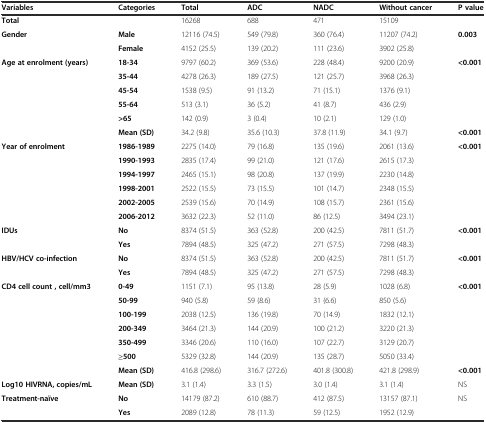
<table><thead><tr><td><b>Variables</b></td><td><b>Categories</b></td><td><b>Total</b></td><td><b>ADC</b></td><td><b>NADC</b></td><td><b>Without cancer</b></td><td><b>P value</b></td></tr></thead><tbody><tr><td><b>Total</b></td><td></td><td>16268</td><td>688</td><td>471</td><td>15109</td><td></td></tr><tr><td rowspan="2"><b>Gender</b></td><td><b>Male</b></td><td>12116 (74.5)</td><td>549 (79.8)</td><td>360 (76.4)</td><td>11207 (74.2)</td><td><b>0.003</b></td></tr><tr><td><b>Female</b></td><td>4152 (25.5)</td><td>139 (20.2)</td><td>111 (23.6)</td><td>3902 (25.8)</td><td></td></tr><tr><td rowspan="3"><b>Age at enrolment (years)</b></td><td><b>18-34</b></td><td>9797 (60.2)</td><td>369 (53.6)</td><td>228 (48.4)</td><td>9200 (20.9)</td><td><b>&lt;0.001</b></td></tr><tr><td><b>35-44</b></td><td>4278 (26.3)</td><td>189 (27.5)</td><td>121 (25.7)</td><td>3968 (26.3)</td><td></td></tr><tr><td><b>45-54</b></td><td>1538 (9.5)</td><td>91 (13.2)</td><td>71 (15.1)</td><td>1376 (9.1)</td><td></td></tr><tr><td></td><td><b>55-64</b></td><td>513 (3.1)</td><td>36 (5.2)</td><td>41 (8.7)</td><td>436 (2.9)</td><td></td></tr><tr><td></td><td><b>&gt;65</b></td><td>142 (0.9)</td><td>3 (0.4)</td><td>10 (2.1)</td><td>129 (1.0)</td><td></td></tr><tr><td></td><td><b>Mean (SD)</b></td><td>34.2 (9.8)</td><td>35.6 (10.3)</td><td>37.8 (11.9)</td><td>34.1 (9.7)</td><td><b>&lt;0.001</b></td></tr><tr><td><b>Year of enrolment</b></td><td><b>1986-1989</b></td><td>2275 (14.0)</td><td>79 (16.8)</td><td>135 (19.6)</td><td>2061 (13.6)</td><td><b>&lt;0.001</b></td></tr><tr><td></td><td><b>1990-1993</b></td><td>2835 (17.4)</td><td>99 (21.0)</td><td>121 (17.6)</td><td>2615 (17.3)</td><td></td></tr><tr><td></td><td><b>1994-1997</b></td><td>2465 (15.1)</td><td>98 (20.8)</td><td>137 (19.9)</td><td>2230 (14.8)</td><td></td></tr><tr><td></td><td><b>1998-2001</b></td><td>2522 (15.5)</td><td>73 (15.5)</td><td>101 (14.7)</td><td>2348 (15.5)</td><td></td></tr><tr><td></td><td><b>2002-2005</b></td><td>2539 (15.6)</td><td>70 (14.9)</td><td>108 (15.7)</td><td>2361 (15.6)</td><td></td></tr><tr><td></td><td><b>2006-2012</b></td><td>3632 (22.3)</td><td>52 (11.0)</td><td>86 (12.5)</td><td>3494 (23.1)</td><td></td></tr><tr><td><b>IDUs</b></td><td><b>No</b></td><td>8374 (51.5)</td><td>363 (52.8)</td><td>200 (42.5)</td><td>7811 (51.7)</td><td><b>&lt;0.001</b></td></tr><tr><td></td><td><b>Yes</b></td><td>7894 (48.5)</td><td>325 (47.2)</td><td>271 (57.5)</td><td>7298 (48.3)</td><td></td></tr><tr><td><b>HBV/HCV co-infection</b></td><td><b>No</b></td><td>8374 (51.5)</td><td>363 (52.8)</td><td>200 (42.5)</td><td>7811 (51.7)</td><td><b>&lt;0.001</b></td></tr><tr><td></td><td><b>Yes</b></td><td>7894 (48.5)</td><td>325 (47.2)</td><td>271 (57.5)</td><td>7298 (48.3)</td><td></td></tr><tr><td rowspan="2"><b>CD4 cell count , cell/mm3</b></td><td><b>0-49</b></td><td>1151 (7.1)</td><td>95 (13.8)</td><td>28 (5.9)</td><td>1028 (6.8)</td><td><b>&lt;0.001</b></td></tr><tr><td><b>50-99</b></td><td>940 (5.8)</td><td>59 (8.6)</td><td>31 (6.6)</td><td>850 (5.6)</td><td></td></tr><tr><td rowspan="4"></td><td><b>100-199</b></td><td>2038 (12.5)</td><td>136 (19.8)</td><td>70 (14.9)</td><td>1832 (12.1)</td><td></td></tr><tr><td><b>200-349</b></td><td>3464 (21.3)</td><td>144 (20.9)</td><td>100 (21.2)</td><td>3220 (21.3)</td><td></td></tr><tr><td><b>350-499</b></td><td>3346 (20.6)</td><td>110 (16.0)</td><td>107 (22.7)</td><td>3129 (20.7)</td><td></td></tr><tr><td><b>≥500</b></td><td>5329 (32.8)</td><td>144 (20.9)</td><td>135 (28.7)</td><td>5050 (33.4)</td><td></td></tr><tr><td></td><td><b>Mean (SD)</b></td><td>416.8 (298.6)</td><td>316.7 (272.6)</td><td>401.8 (300.8)</td><td>421.8 (298.9)</td><td><b>&lt;0.001</b></td></tr><tr><td><b>Log10 HIVRNA, copies/mL</b></td><td><b>Mean (SD)</b></td><td>3.1 (1.4)</td><td>3.3 (1.5)</td><td>3.0 (1.4)</td><td>3.1 (1.4)</td><td>NS</td></tr><tr><td><b>Treatment-naïve</b></td><td><b>No</b></td><td>14179 (87.2)</td><td>610 (88.7)</td><td>412 (87.5)</td><td>13157 (87.1)</td><td>NS</td></tr><tr><td></td><td><b>Yes</b></td><td>2089 (12.8)</td><td>78 (11.3)</td><td>59 (12.5)</td><td>1952 (12.9)</td><td></td></tr></tbody></table>